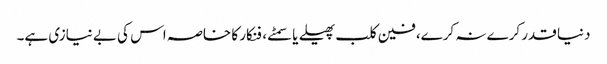
دنیا قدر کرے نہ کرے، فین کلب پھیلے یا سمٹے، فنکار کا خاصہ اس کی بے نیازی ہے۔